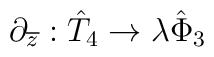
\partial_{\overline{z}}:\hat{T}_{4}\rightarrow\lambda \hat{\Phi}_{3}